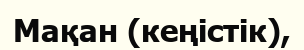
Мақан (кеңістік),